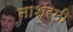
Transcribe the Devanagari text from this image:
नाश्रमी